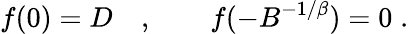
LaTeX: f(0)=D\quad,\qquad f(-B^{-1/\beta})=0\; .